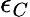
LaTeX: \epsilon_{C}